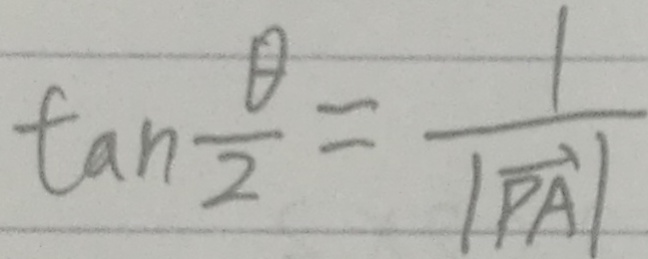
\tan \frac { \theta } { 2 } = \frac { 1 } { \vert \overrightarrow { P A } \vert }